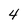
Character: 4